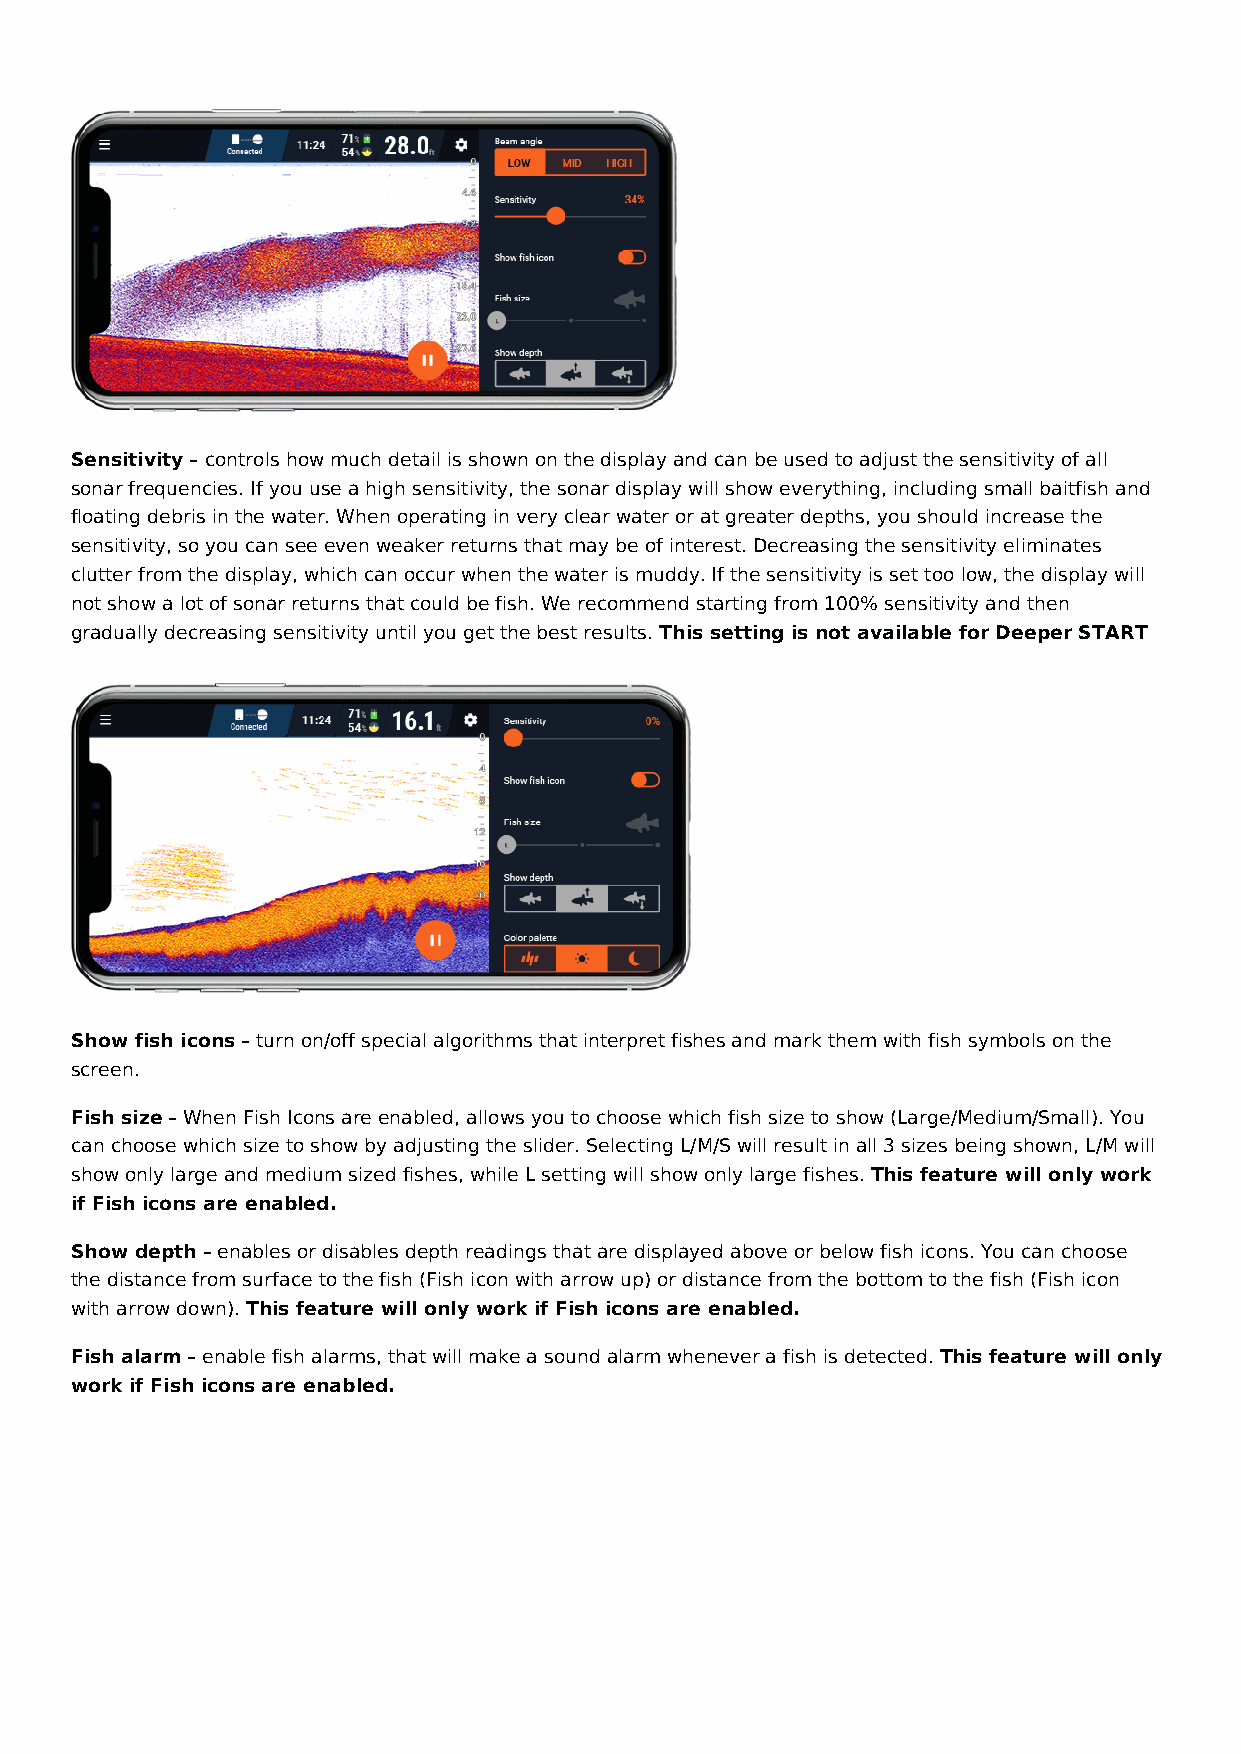
Sensitivity – controls how much detail is shown on the display and can be used to adjust the sensitivity of all
 sonar frequencies. If you use a high sensitivity, the sonar display will show everything, including small baitfish and
 floating debris in the water. When operating in very clear water or at greater depths, you should increase the
 sensitivity, so you can see even weaker returns that may be of interest. Decreasing the sensitivity eliminates
 clutter from the display, which can occur when the water is muddy. If the sensitivity is set too low, the display will
 not show a lot of sonar returns that could be fish. We recommend starting from 100% sensitivity and then
 gradually decreasing sensitivity until you get the best results. This setting is not available for Deeper START
 Show fish icons – turn on/off special algorithms that interpret fishes and mark them with fish symbols on the
 screen.
 Fish size – When Fish Icons are enabled, allows you to choose which fish size to show (Large/Medium/Small). You
 can choose which size to show by adjusting the slider. Selecting L/M/S will result in all 3 sizes being shown, L/M will
 show only large and medium sized fishes, while L setting will show only large fishes. This feature will only work
 if Fish icons are enabled.
 Show depth – enables or disables depth readings that are displayed above or below fish icons. You can choose
 the distance from surface to the fish (Fish icon with arrow up) or distance from the bottom to the fish (Fish icon
 with arrow down). This feature will only work if Fish icons are enabled.
 Fish alarm – enable fish alarms, that will make a sound alarm whenever a fish is detected. This feature will only
 work if Fish icons are enabled.